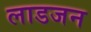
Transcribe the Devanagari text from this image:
लाडजन